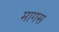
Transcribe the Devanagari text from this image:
मागस